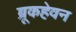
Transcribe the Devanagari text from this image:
ब्रूकहेवन